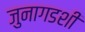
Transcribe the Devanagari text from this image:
जुनागडशी